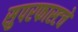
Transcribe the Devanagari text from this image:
सुपरफास्टचे